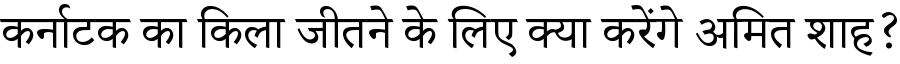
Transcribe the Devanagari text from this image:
कर्नाटक का किला जीतने के लिए क्या करेंगे अमित शाह?